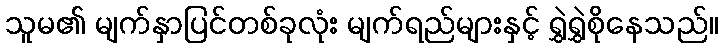
သူမ၏ မျက်နှာပြင်တစ်ခုလုံး မျက်ရည်များနှင့် ရွှဲရွှဲစိုနေသည်။